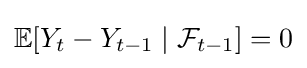
\mathbb {E} [Y_{t}-Y_{t-1}\mid {\mathcal {F}}_{t-1}]=0